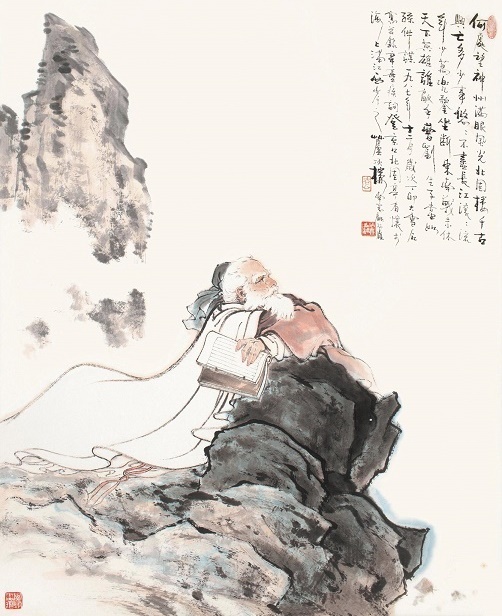
何处望神州？满眼风光北固楼。